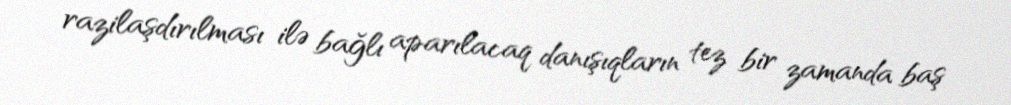
razilaşdırılması ilə bağlı aparılacaq danışıqların tez bir zamanda baş